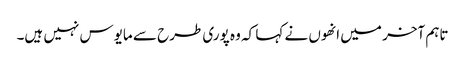
تاہم آخر میں انھوں نے کہا کہ وہ پوری طرح سے مایوس نہیں ہیں۔